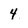
Character: 4